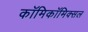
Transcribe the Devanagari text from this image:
काॅमिकॉमिक्सल